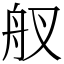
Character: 䑡